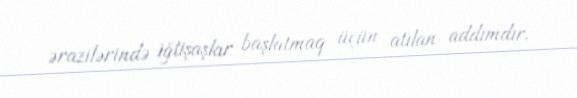
ərazilərində iğtişaşlar başlatmaq üçün atılan addımdır.